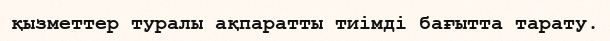
қызметтер туралы ақпаратты тиімді бағытта тарату.